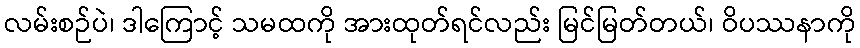
လမ်းစဉ်ပဲ၊ ဒါကြောင့် သမထကို အားထုတ်ရင်လည်း မြင်မြတ်တယ်၊ ဝိပဿနာကို